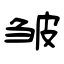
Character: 皱